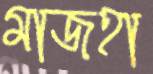
মাজহা